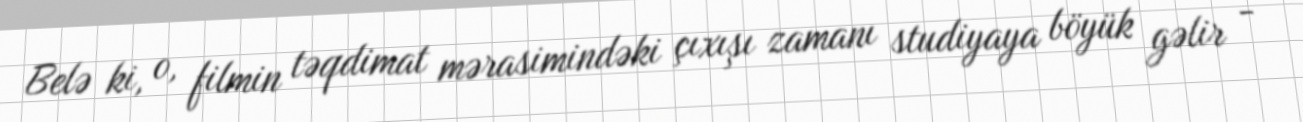
Belə ki, o, filmin təqdimat mərasimindəki çıxışı zamanı studiyaya böyük gəlir -